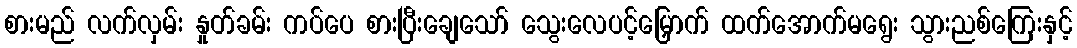
စားမည် လက်လှမ်း နှုတ်ခမ်း ကပ်ပေ စားပြီးချေသော် သွေးလေပင့်မြှောက် ထက်အောက်မရွေး သွားညစ်ကြေးနှင့်